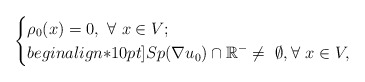
\begin{align*} \begin{cases}\displaystyle\rho_0(x)=0, \ \forall \ x\in V;\\begin{align*}10pt]\displaystyle Sp(\nabla u_0) \cap \mathbb{R}^-\neq\ \emptyset, \forall \ x \in V,\end{cases}\end{align*}